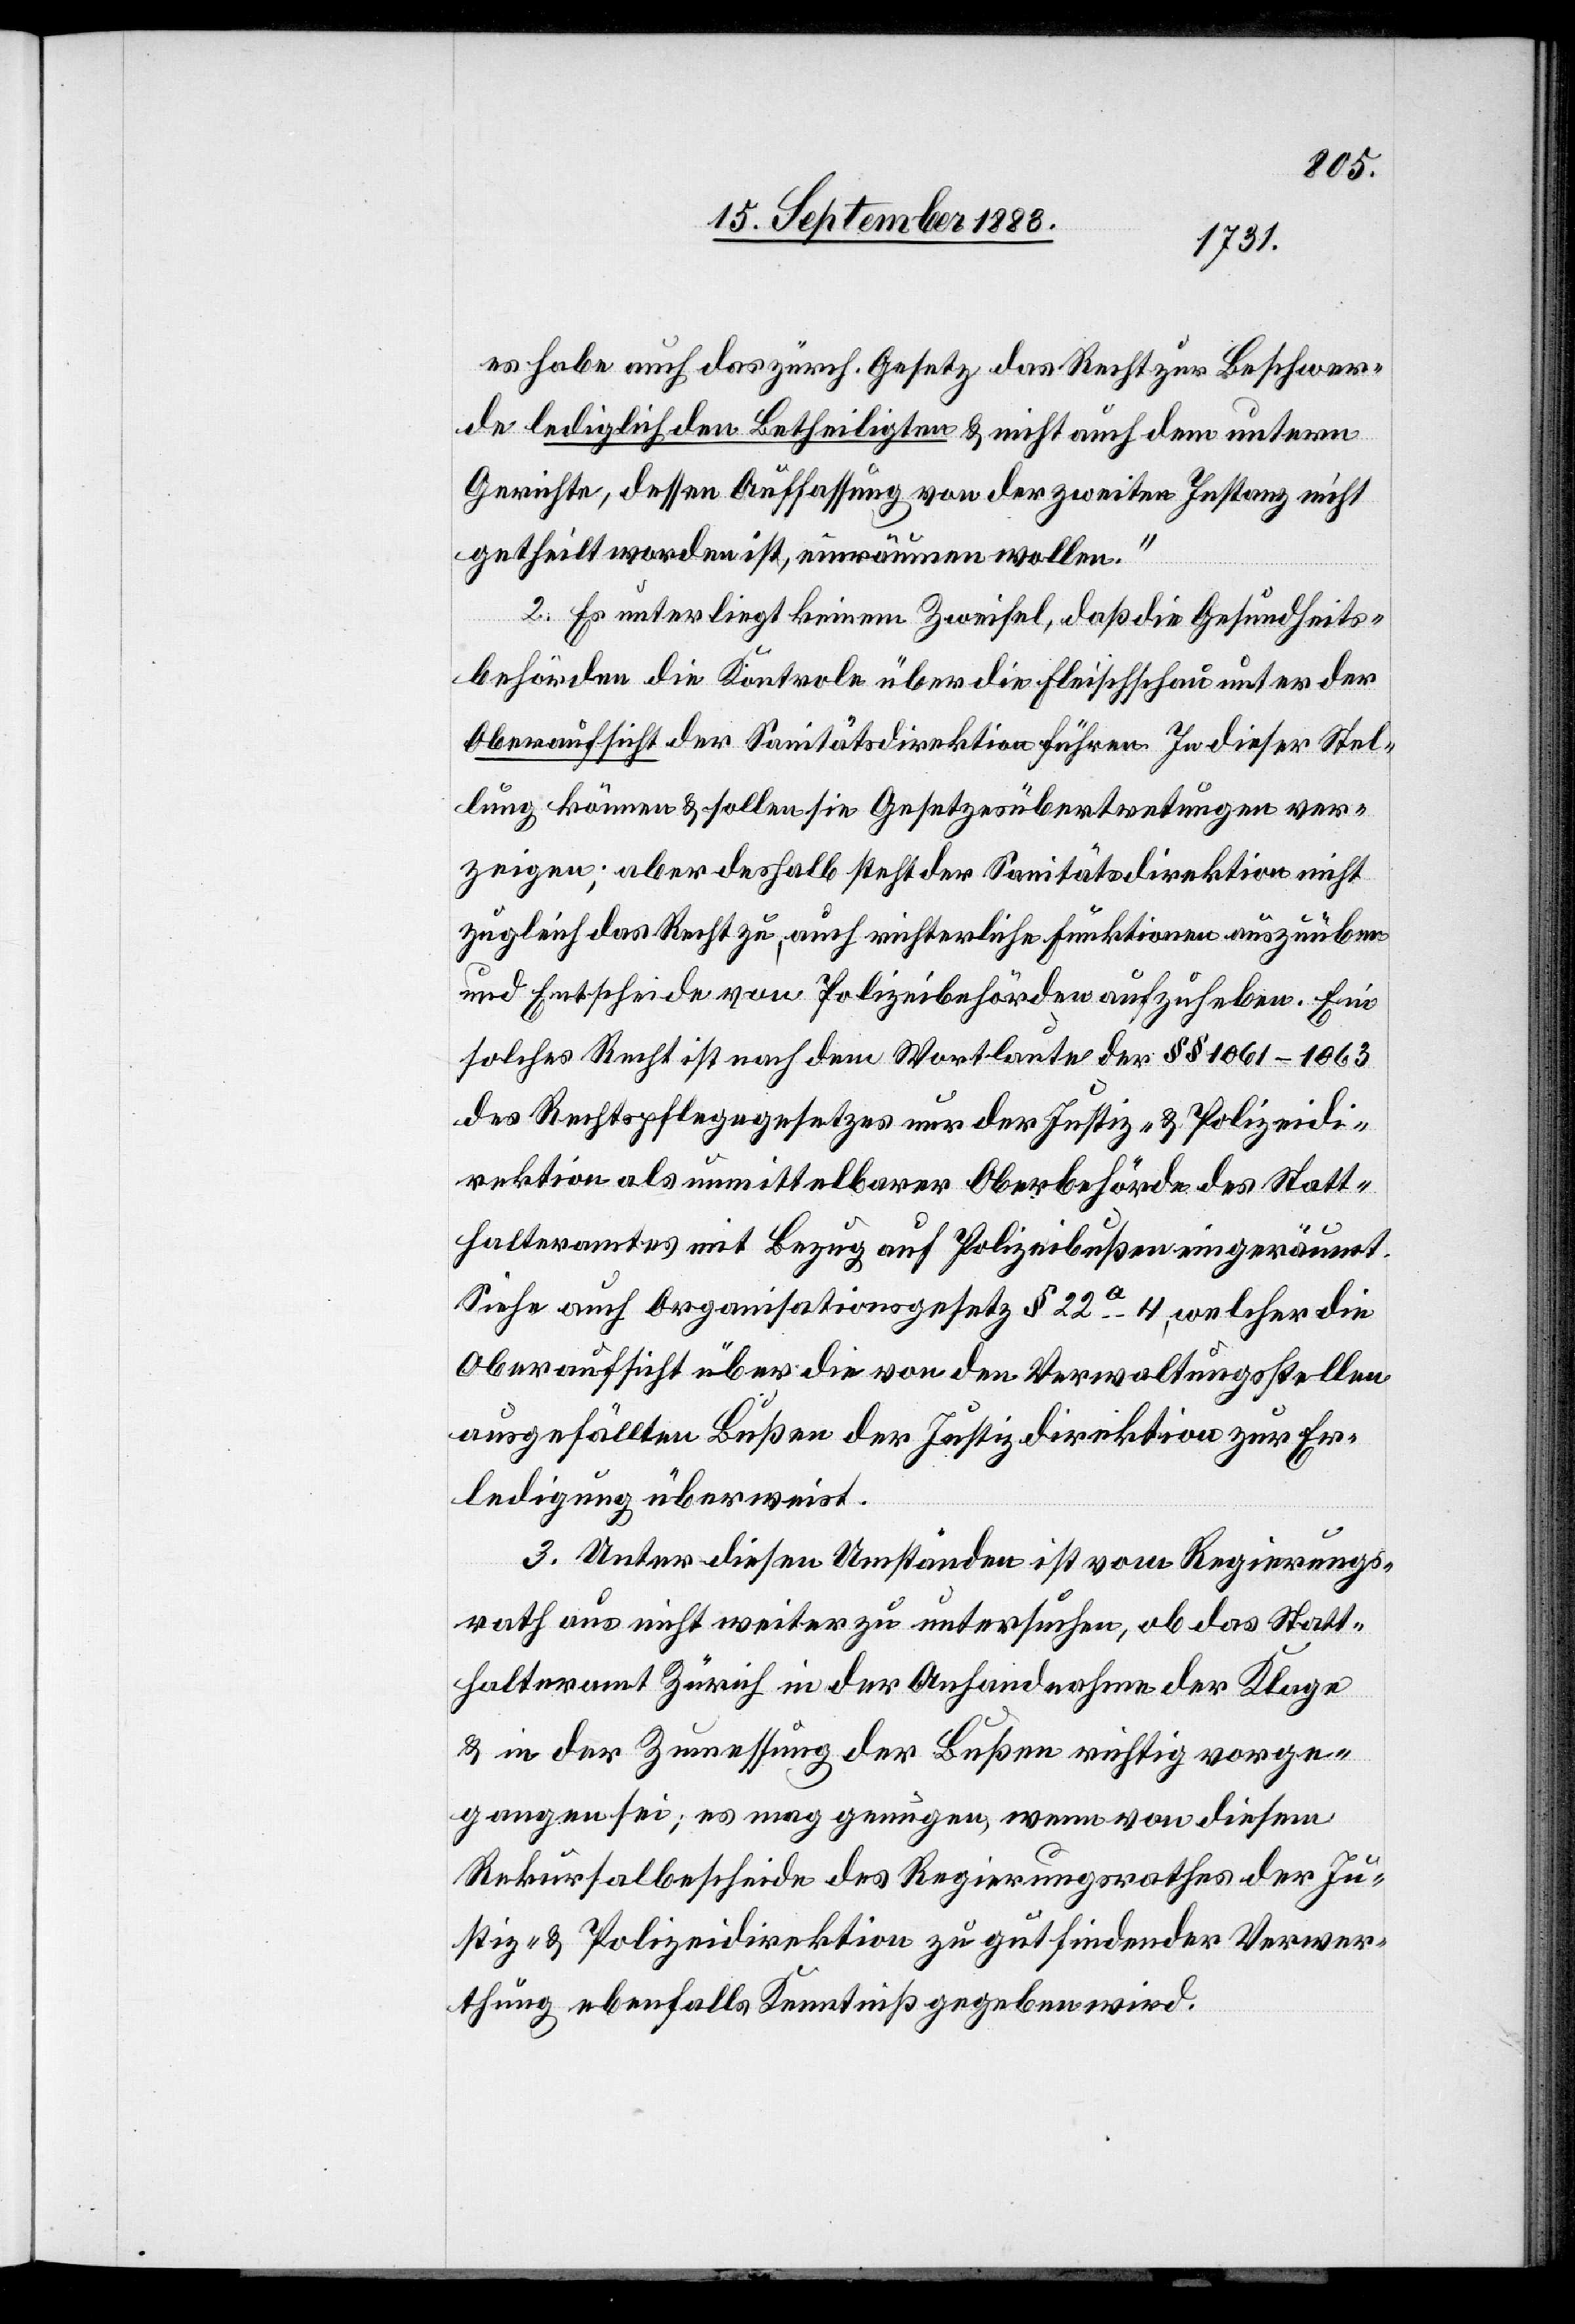
es habe auch das zürch. Gesetz das Recht zur Beschwer¬
de lediglich den Betheiligten & nicht auch dem unterm
Gerichte, dessen Auffassung von der zweiten Instanz nicht
getheilt worden ist, einräumen wollen.“
ionen
2. Es unterliegt keinem Zweifel, daß die Gesundheits¬
behörden die Kontrole über die Fleischschau unter der
Oberaufsicht der Sanitätsdirektion führen. In dieser Stel¬
lung können & sollen sie Gesetzesübertretungen ver¬
zeigen; aber deshalb steht der Sanitätsdirektion nicht
und Entscheide von Polizeibehörden aufzuheben. Ein
solches Recht ist nach dem Wortlaute der §§ 1061–1063
des Rechtspflegegesetzes nur der Justiz- & Polizeidi¬
rektion als unmittelbarer Oberbehörde des Statt¬
halteramtes mit Bezug auf Polizeibußen eingeräumt.
Siehe auch Organisationsgesetz § 22a 4, welcher die
Oberaufsicht über die von den Verwaltungsstellen
ausgefällten Bußen der Justizdirektion zur Er¬
ledigung überweist.
3. Unter diesen Umständen ist vom Regierungs¬
rath aus nicht weiter zu untersuchen, ob das Statt¬
halteramt Zürich in der Anhandnahme der Klage
& in der Zumessung der Bußen richtig vorge¬
gangen sei; es mag genügen, wenn von diesem
Rekursalbescheide des Regierungsrathes der Ju¬
stiz- & Polizeidirektion zu gutfindender Verwer¬
thung ebenfalls Kenntniß gegeben wird.